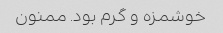
خوشمزه و گرم بود. ممنون